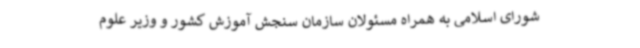
شورای اسلامی به همراه مسئولان سازمان سنجش آموزش کشور و وزیر علوم